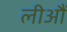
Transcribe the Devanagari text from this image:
लीआैं